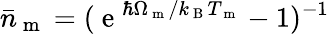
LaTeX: \bar{n}_{\mathrm{~m~}}=(\mathrm{~e~}^{\hbar\Omega_{\mathrm{~m~}}/k_{\mathrm{~B~}}T_{\mathrm{~m~}}}-1)^{-1}